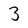
Character: 3